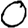
Digit: 0